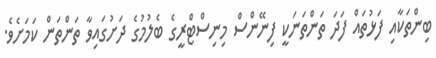
ބިންތަކާއި ފަޅުތައް ފަދަ ތަންތަނަކީ ފިނޭންސް މިނިސްޓްރީގެ ބެލުމުގެ ދަށުގައިވާ ތަންތަން ކަމަށެވެ.